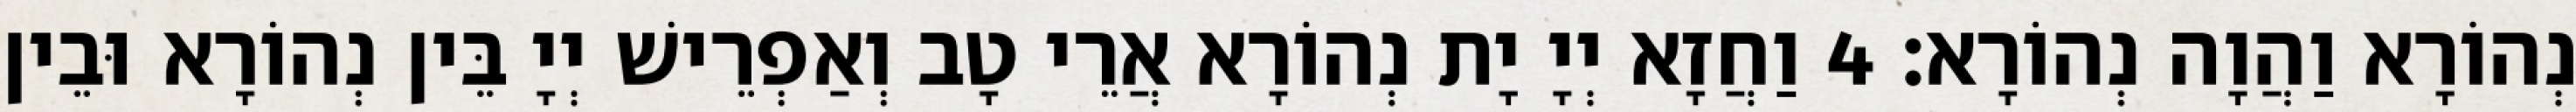
נְהוֹרָא וַהֲוָה נְהוֹרָא׃ 4 וַחֲזָא יְיָ יָת נְהוֹרָא אֲרֵי טָב וְאַפְרֵישׁ יְיָ בֵּין נְהוֹרָא וּבֵין